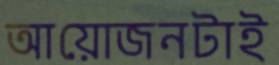
আয়োজনটাই